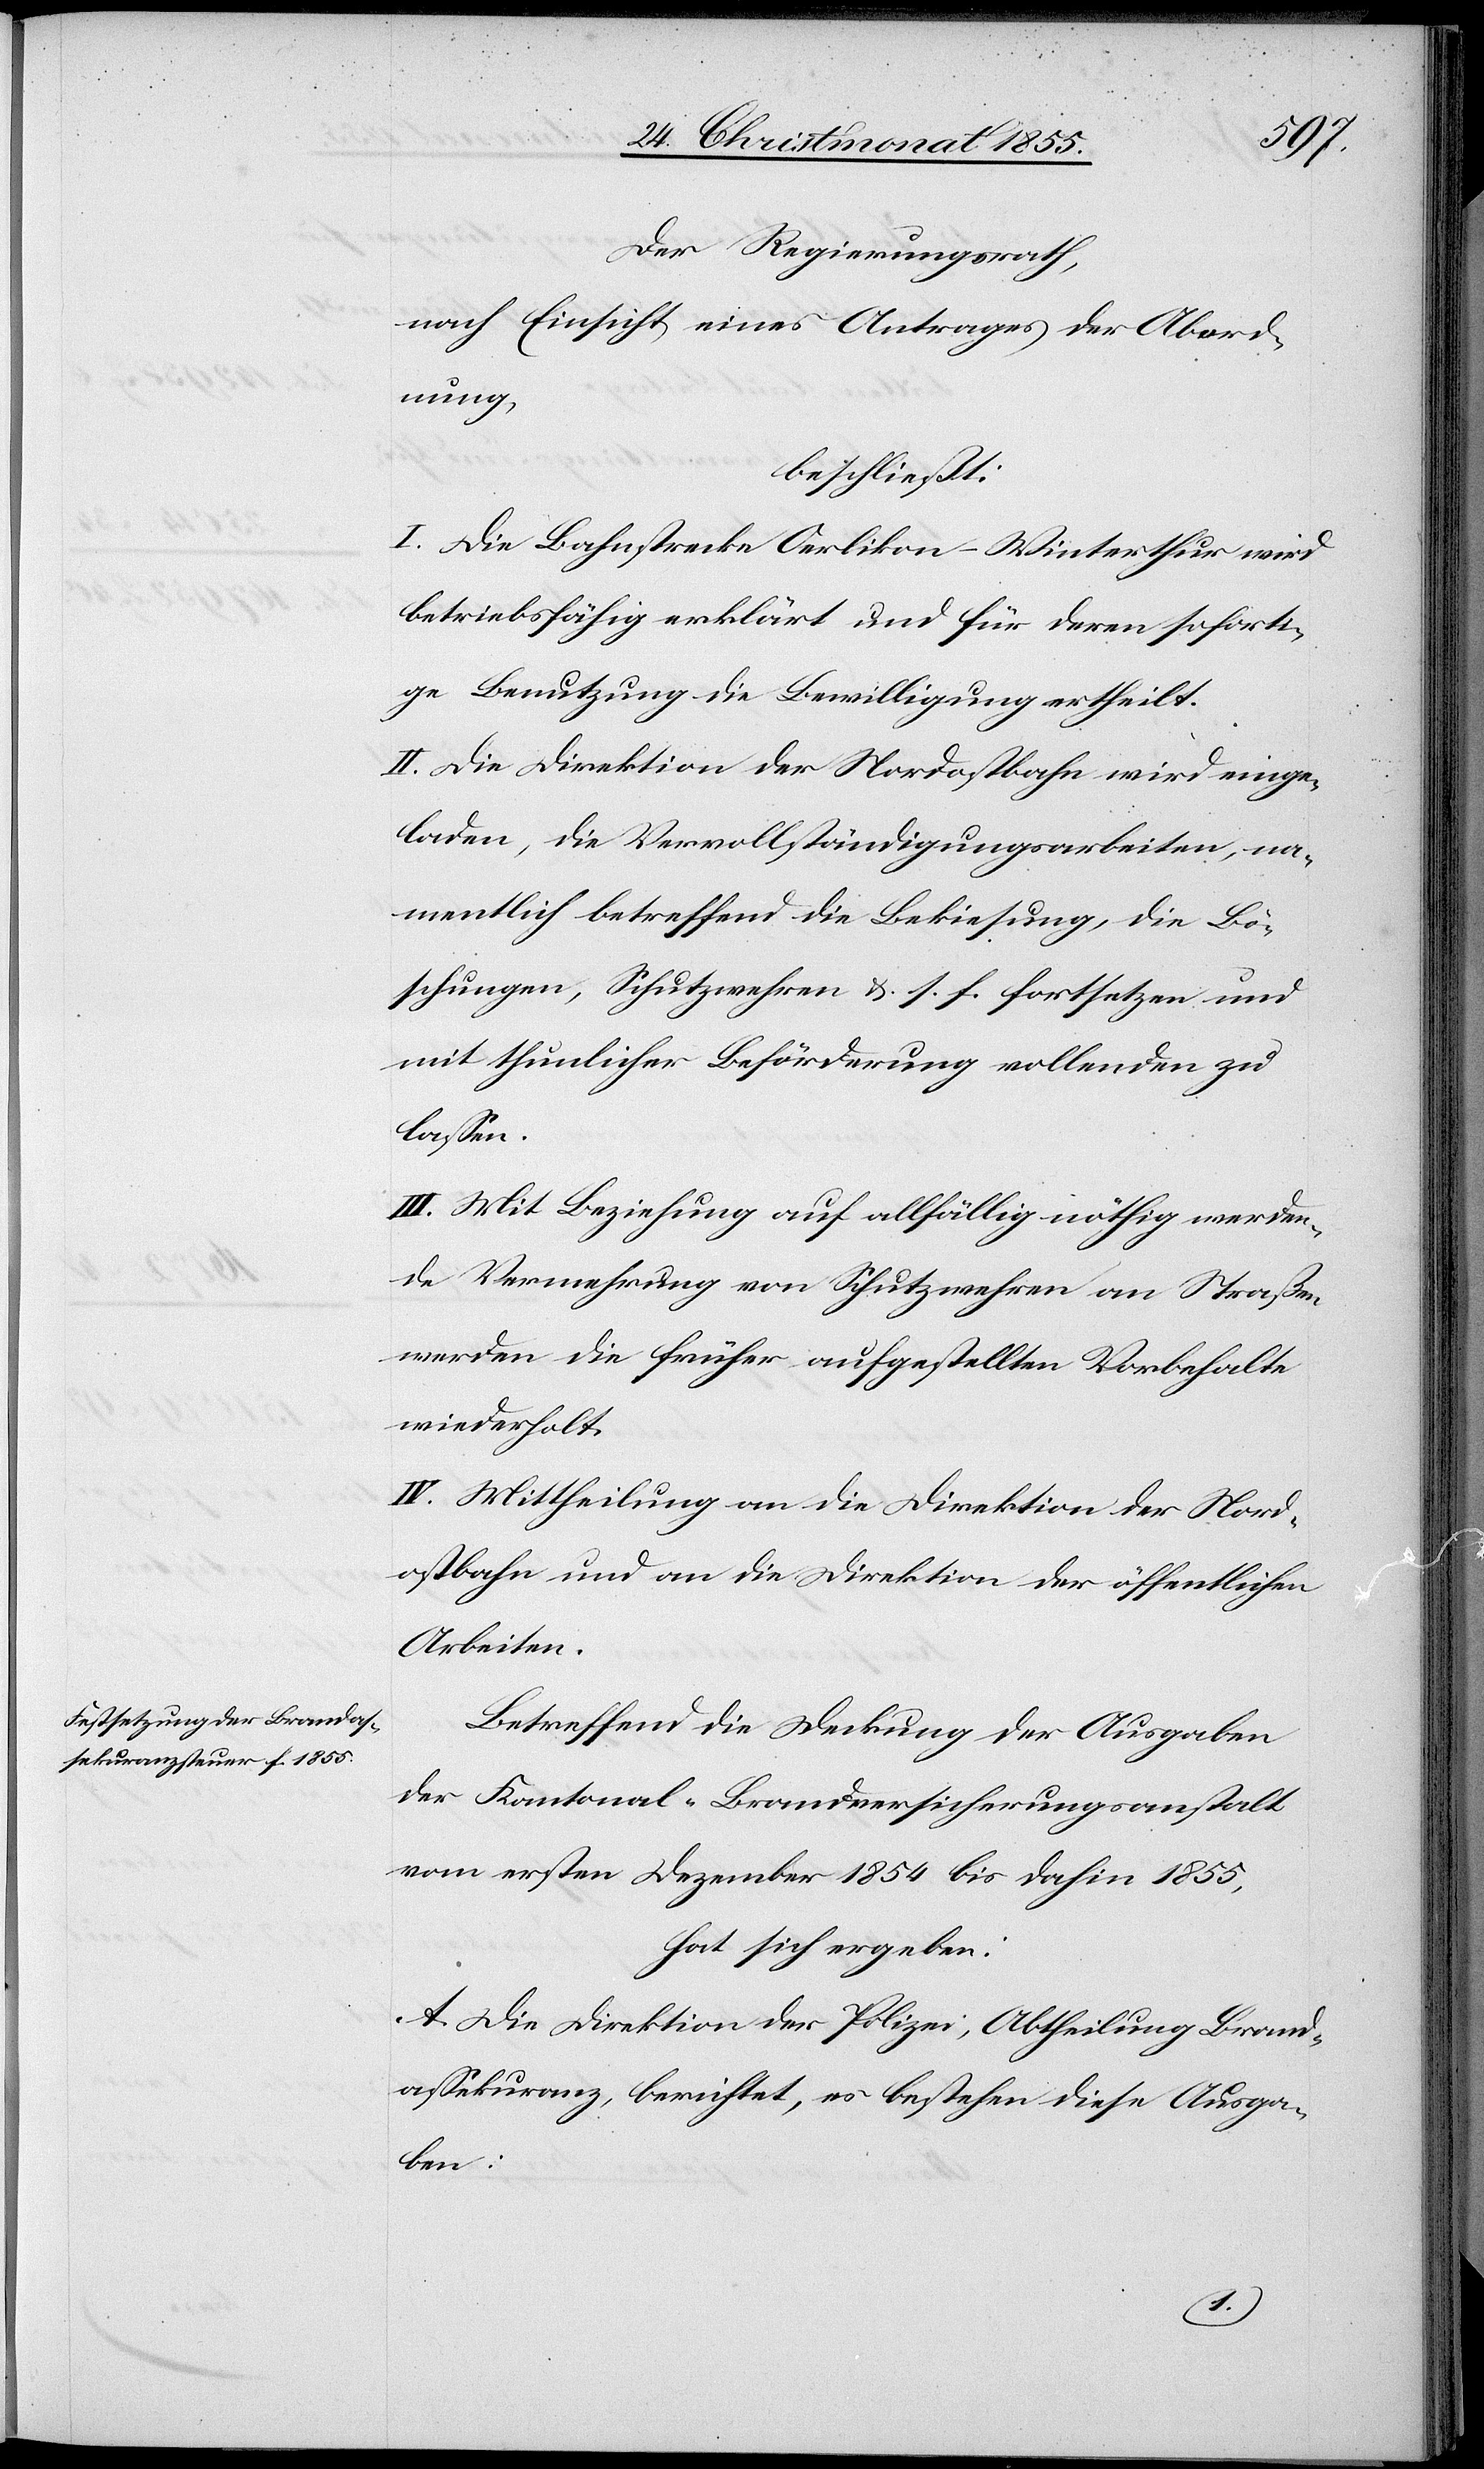
Der Regierungsrath,
nach Einsicht eines Antrages der Abord¬
nung,
beschließt:
I. Die Bahnstrecke Oerlikon–Winterthur wird
betriebsfähig erklärt und für deren soforti¬
ge Benutzung die Bewilligung ertheilt.
II. Die Direktion der Nordostbahn wird einge¬
laden, die Vervollständigungsarbeiten, na¬
mentlich betreffend die Bekiesung, die Bö¬
schungen, Schutzwehren &. s. f. fortsetzen und
mit thunlicher Beförderung vollenden zu
lassen.
III. Mit Beziehung auf allfällig nöthig werden¬
de Vermehrung von Schutzwehren an Straßen
werden die früher aufgestellten Vorbehalte
wiederholt.
IV. Mittheilung an die Direktion der Nord¬
ostbahn und an die Direktion der öffentlichen
Arbeiten.
Betreffend die Deckung der Ausgaben
der Kantonal-Brandversicherungsanstalt
vom ersten Dezember 1854 bis dahin 1855,
hat sich ergeben:
A. Die Direktion der Polizei, Abtheilung Brand¬
assekuranz, berichtet, es bestehen diese Ausga¬
ben: